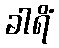
ခါရိံ